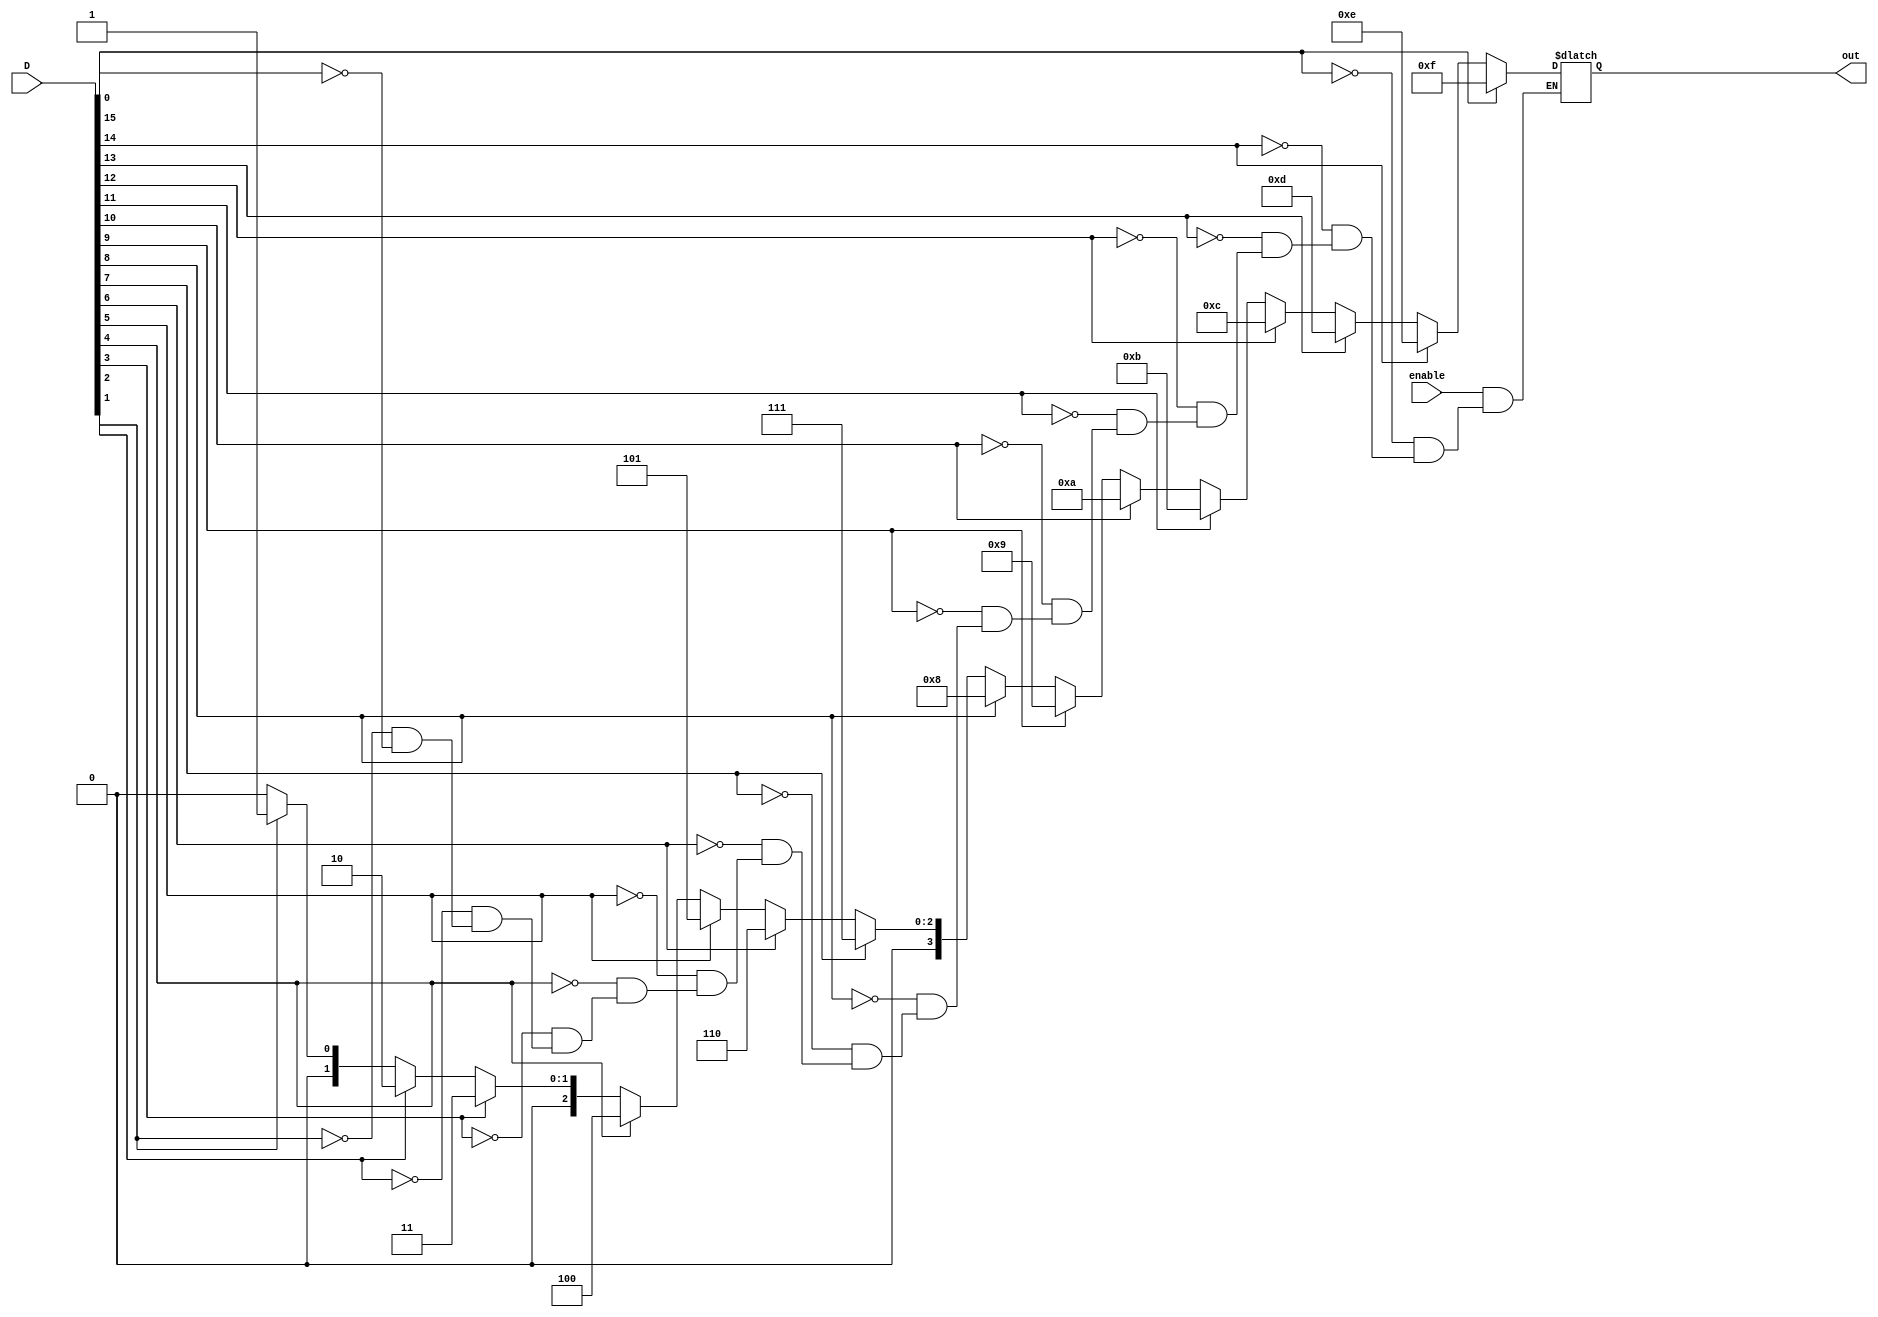
`timescale 1ns/1ns
module encoder
(
    input [15:0] D,
    input enable,
    output [3:0] out
);

    reg [3:0] temp = 4'b0000;

    always @(*)
    begin
        if(enable == 1'b1)
        begin 
            if(D[15] == 1'b1)
            begin
                temp <= 4'b1111;
            end

            else if(D[14] == 1'b1)
            begin
                temp <= 4'b1110;
            end

            else if(D[13] == 1'b1)
            begin
                temp <= 4'b1101;
            end

            else if(D[12] == 1'b1)
            begin
                temp <= 4'b1100;
            end

            else if(D[11] == 1'b1)
            begin
                temp <= 4'b1011;
            end

            else if(D[10] == 1'b1)
            begin
                temp <= 4'b1010;
            end

            else if(D[9] == 1'b1)
            begin
                temp <= 4'b1001;
            end

            else if(D[8] == 1'b1)
            begin
                temp <= 4'b1000;
            end

            else if(D[7] == 1'b1)
            begin
                temp <= 4'b0111;
            end

            else if(D[6] == 1'b1)
            begin
                temp <= 4'b0110;
            end

            else if(D[5] == 1'b1)
            begin
                temp <= 4'b0101;
            end

            else if(D[4] == 1'b1)
            begin
                temp <= 4'b0100;
            end

            else if(D[3] == 1'b1)
            begin
                temp <= 4'b0011;
            end

            else if(D[2] == 1'b1)
            begin
                temp <= 4'b0010;
            end

            else if(D[1] == 1'b1)
            begin
                temp <= 4'b0001;
            end

            else if(D[0] == 1'b1)
            begin
                temp <= 4'b0000;
            end
        end
        else 
        begin
            temp <= 4'bxxxx;
        end
    end

    assign out = temp;
    
endmodule

module encoder_tb;
    reg [15:0] D = 16'b00000000;
    reg enable = 1'b0;
    wire [3:0] answer;

    encoder E(.D(D), .enable(enable), .out(answer));

    initial
    begin
        $dumpfile("encoder.vcd");
        $dumpvars(0, encoder_tb);
    end

    initial
    begin
        enable = 1'b1;
        D = 16'b0100010110100101;
        #50;
                
        enable = 1'b1;        
        D = 16'b0110010101010101;
        #50;        
        
        enable = 1'b0;
        D = 16'B1100100111010110;
        #50;

        enable = 1'b0;        
        D = 16'b0100101111100010;
        #50; 

        enable = 1'b1;        
        D = 16'b0001000000001110;
        #50; 

        enable = 1'b1;        
        D = 16'b0000111110000010;
        #50;         
        
        enable = 1'b1;
        D = 16'b1110101101011000;
        #50;
        
        enable = 1'b0;
        D = 16'b0101000011001111;
        #50; 
        
        enable = 1'b1;
        D = 16'b0000000000000001;
        #50;

        enable = 1'b0;
        D = 16'b0000000000110101;
        #50;

        enable = 1'b1;        
        D = 16'b0000000101110101;
        #50;        
        
        enable = 1'b1;
        D = 16'B1100111001000101;
        #50;

        enable = 1'b0;        
        D = 16'b0000000000000010;
        #50; 

        enable = 1'b1;        
        D = 16'b0000000100011110;
        #50; 

        enable = 1'b1;        
        D = 16'b0000000010100010;
        #50;         
        
        enable = 1'b0;
        D = 16'b1110101100001100;
        #50;
        
        enable = 1'b0;
        D = 16'b0110001011011110;
        #50; 
        
        enable = 1'b1;
        D = 16'b1001010011010101;
        #50;
    end

    initial
    begin
        $monitor("\nD15 = %b\tD14 = %b\tD13 = %b\tD12 = %b\tD11 = %b\tD10 = %b\tD9 = %b\tD8 = %b\tD7 = %b\tD6 = %b\tD5 = %b\tD4 = %b\tD3 = %b\tD2 = %b\tD1 = %b\tD0 = %b\tenable = %b\nEncoded output = %b", D[15], D[14], D[13], D[12], D[11], D[10], D[9], D[8], D[7], D[6], D[5], D[4], D[3], D[2], D[1], D[0], enable, answer);
    end

endmodule